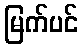
မြက်ပင်